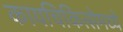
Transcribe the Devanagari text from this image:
कायचिकित्सेमध्ये